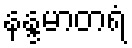
နန္ဒမာတရံ